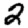
Digit: 2